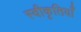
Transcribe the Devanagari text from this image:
स्वीकृतियाँ